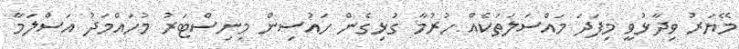
މޭޔަރު ވިދާޅުވީ މިފަދަ މައްސަލަތަކެއް ހުރުމާ ގުޅިގެން ހައުސިން މިނިސްޓަރު މުހައްމަދު އަސްލަމާ